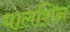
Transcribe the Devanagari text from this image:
घालशिन